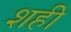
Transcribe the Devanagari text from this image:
शही